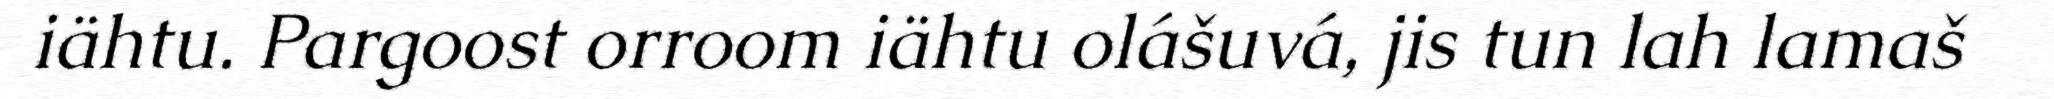
iähtu. Pargoost orroom iähtu olášuvá, jis tun lah lamaš